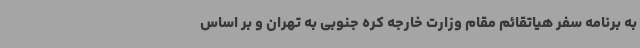
به برنامه سفر هیاتقائم مقام وزارت خارجه کره جنوبی به تهران و بر اساس